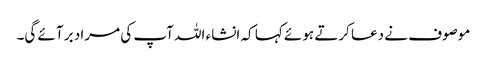
موصوف نے دعا کرتے ہوئے کہا کہ انشاء اللہ آپ کی مراد بر آئے گی۔